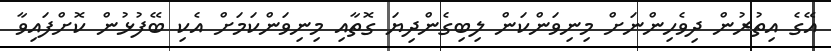
އޭގެ އިތުރުން ދިވެހިންނަށް މިނިވަންކަން ލިބިގެންދިޔަ ގޮތާއި މިނިވަންކަމަށް އެކި ބޭފުޅުން ކޮށްފައިވާ